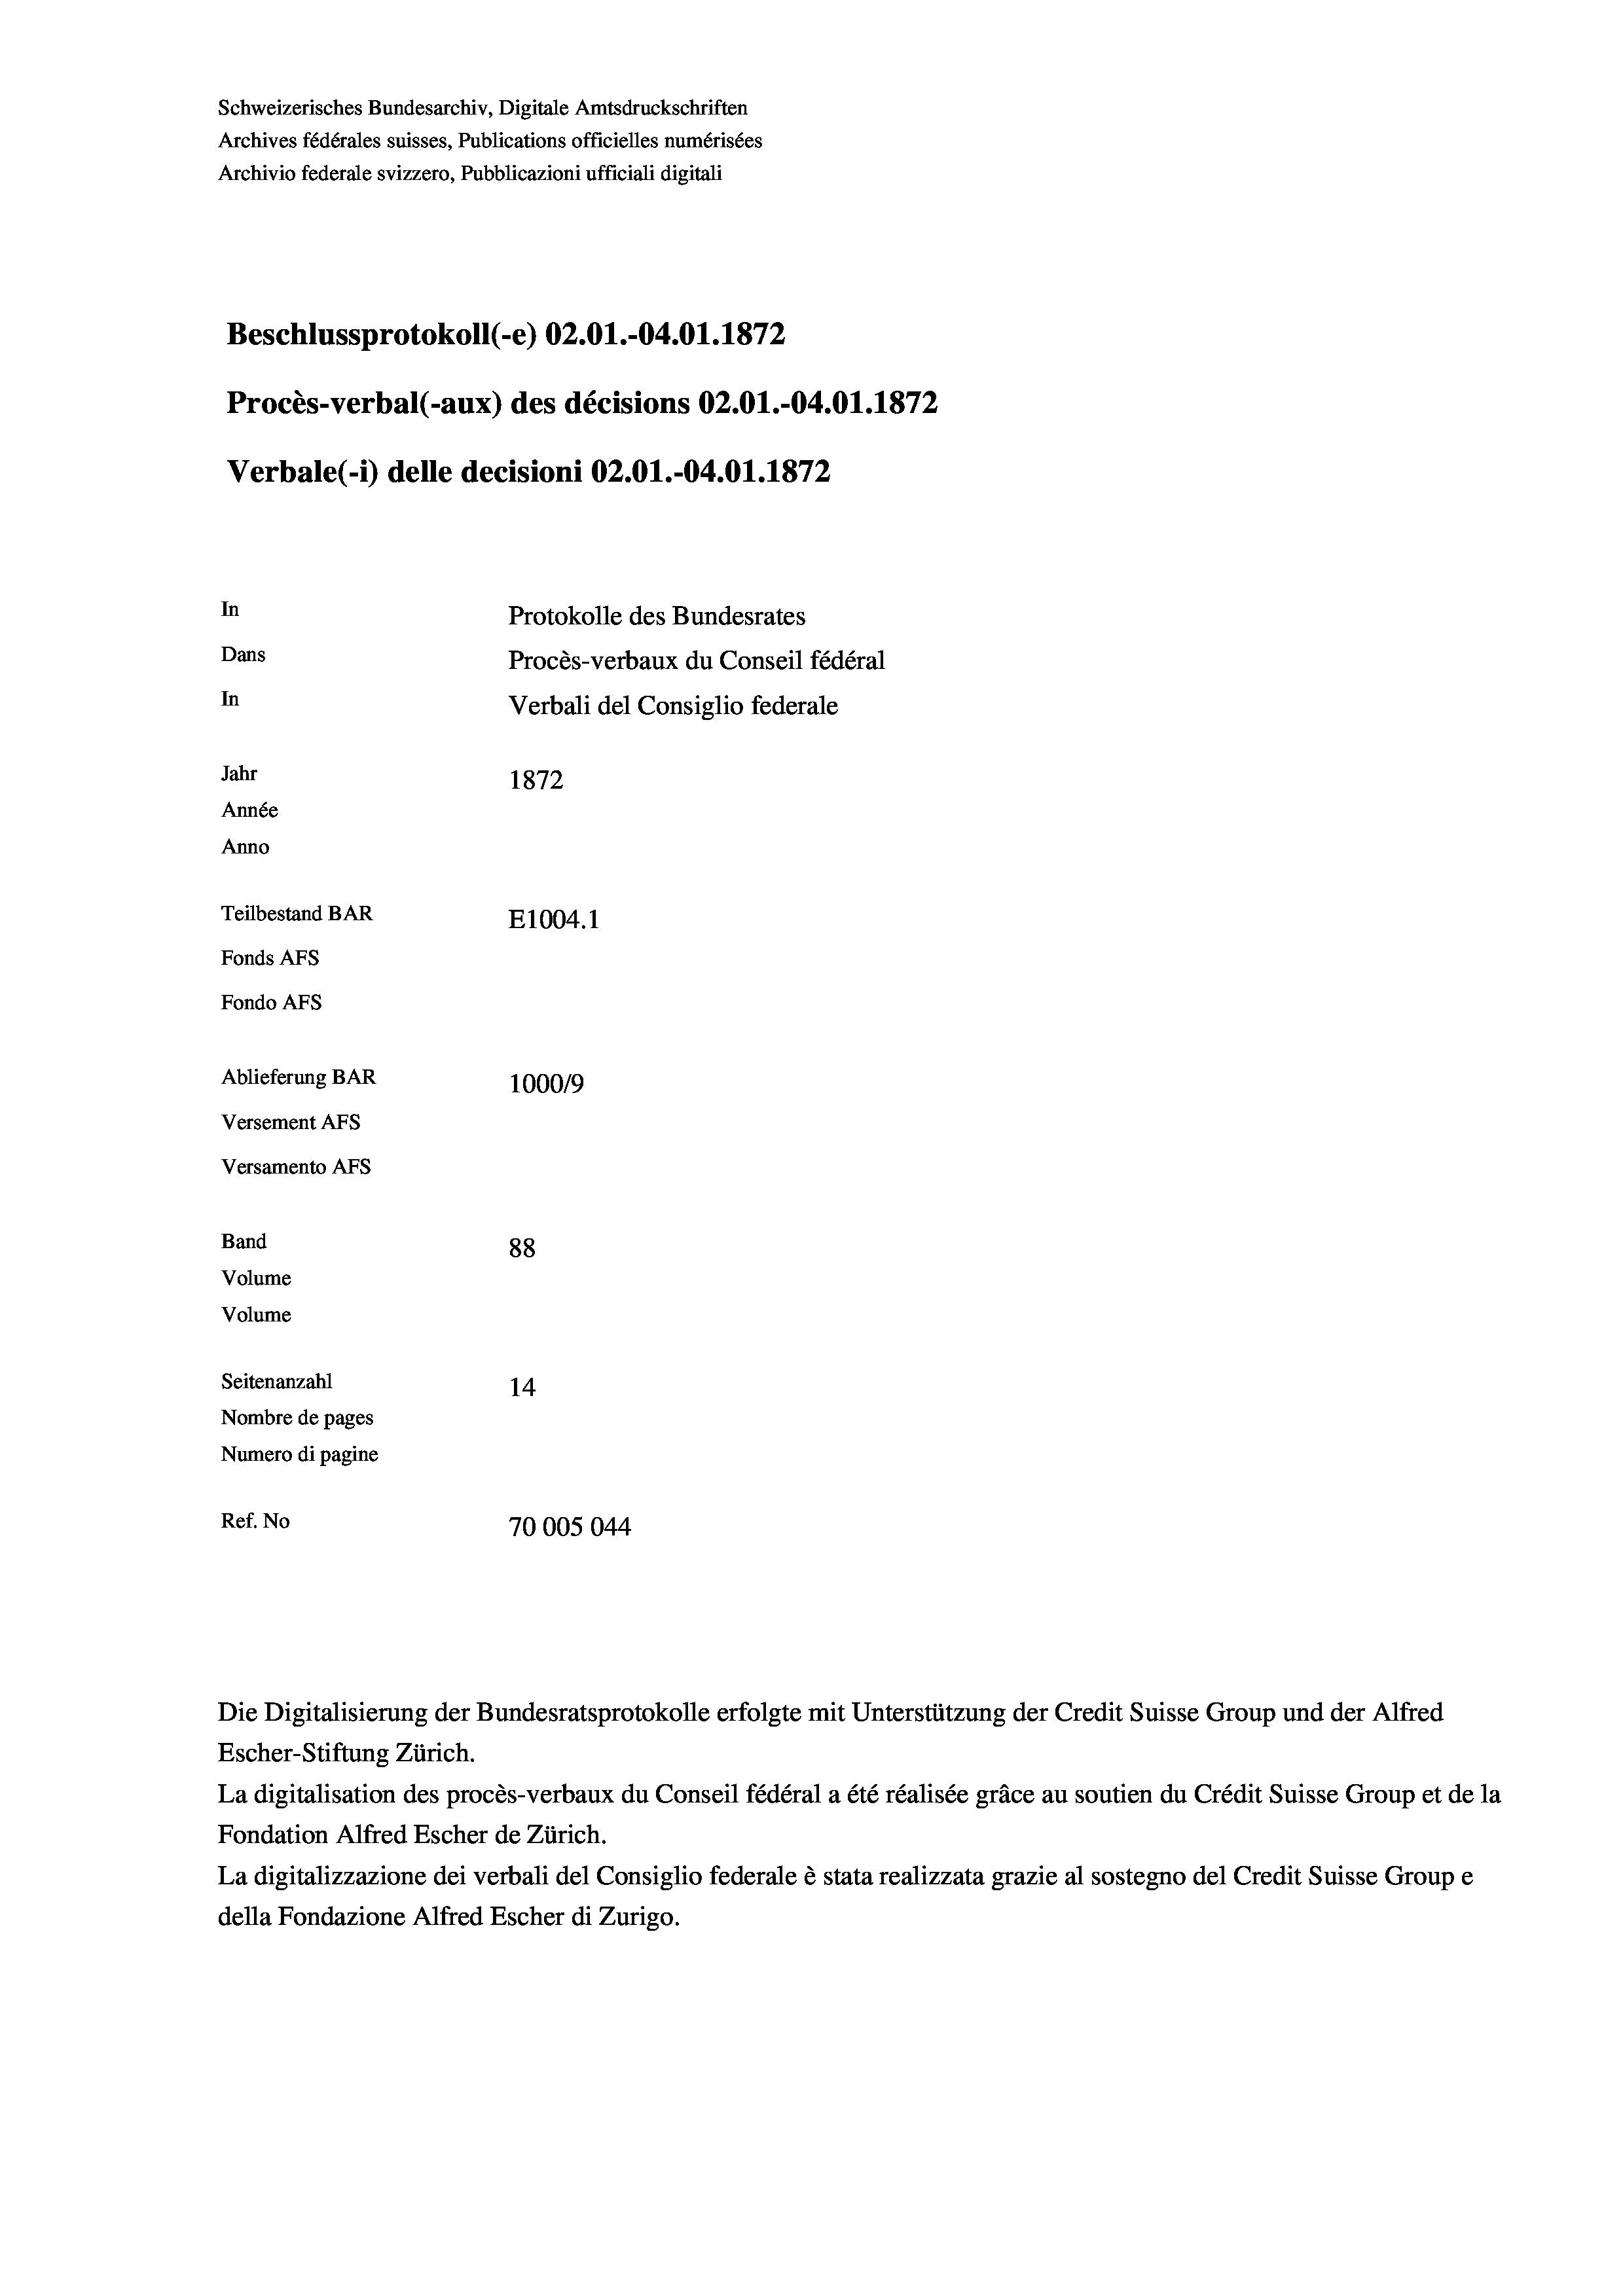
Schweizerisches Bundesarchiv, Digitale Amtsdruckschriften
Archives fédérales suisses, Publications officielles numérisées
Archivio federale svizzero, Pubblicazioni ufficiali digitali
Beschlussprotokoll (-e) 02.01.-04.01. 1872
Procès-verbal (-aux) des décisions 02.01.-04.01. 1872
Verbale (i) delle decisioni 02.01.-04.01. 1872
In
Protokolle des Bundesrates
Dans
Procès-verbaux du Conseil fédéral
In
Verbali del Consiglio federale
Jahr
1872
Année
Anno
Teilbestand BAR
E1004. 1
Fonds AFs
Fondo Afs
Ablieferung BAR
100019
Versement AFs
Versamento Afs
Band
88
Volume
Volume
Seitenanzahl
14
Nombre de pages
Numero di pagine
Ref. No
70005044

Escher-Stiftung Zürich.
La digitalisation des procès-verbaux du Conseil fédéral a été réalisée gräce au soutien du Crédit Suisse Group et de la
Fondation Alfred Escher de Zürich.
La digitalizzazione dei verbali del Consiglio federale è stata realizzata grazie al sostegno del Credit Suisse Groupe
della Fondazione Alfred Escher di Zurigo.

Die Digitalisierung der Bundesratsprotokolle erfolgte mit Unterstützung der Credit Suisse Group und der Alfred